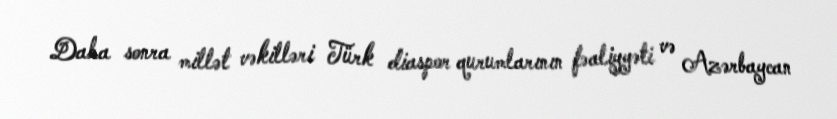
Daha sonra millət vəkilləri Türk diaspor qurumlarının fəaliyyəti və Azərbaycan